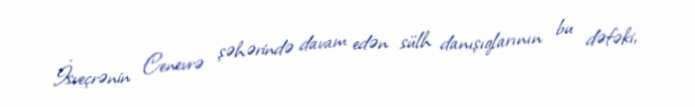
İsveçrənin Cenevrə şəhərində davam edən sülh danışıqlarının bu dəfəki,